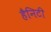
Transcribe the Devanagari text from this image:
हैनिटी